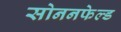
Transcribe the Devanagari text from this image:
सोननफेल्ड